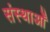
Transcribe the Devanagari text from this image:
संस्थाओँ